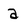
Character: a